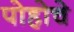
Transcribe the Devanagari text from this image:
पोहोचे